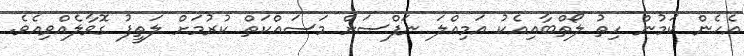
އެހެން ކަމުން ހިތު ލޯތްބާއިއެކު އަމިއްލަ ނަފްސަށް މަސައްކަތް ކުރުމަށް ލަތީފު ގޮވާލެއްވިއެވެ.